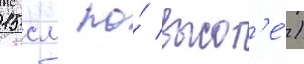
15 см по́ высот'е́)